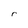
Character: r